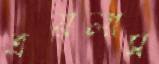
ত্রয়লাস